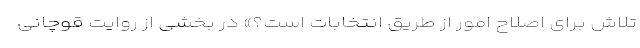
تلاش برای اصلاح امور از طریق انتخابات است؟» در بخشی از روایت قوچانی